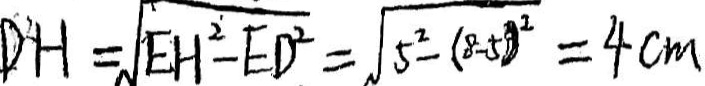
D H = \sqrt { E H ^ { 2 } - E D ^ { 2 } } = \sqrt { 5 ^ { 2 } - ( 8 - 5 ) ^ { 2 } } = 4 c m